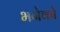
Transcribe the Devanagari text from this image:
भनेको